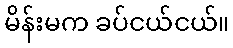
မိန်းမက ခပ်ငယ်ငယ်။